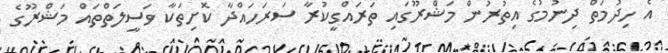
އެ ހިދުމަތް ދިނުމުގެ އިތުރުން މަޝްރޫގައި ތަރައްގީކުރާ ސަރަހައްދާ ކޮށިތަކާ ވަސީލަތްތައް މަޝްރޫގެ